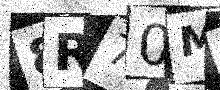
Text: 8R70M1